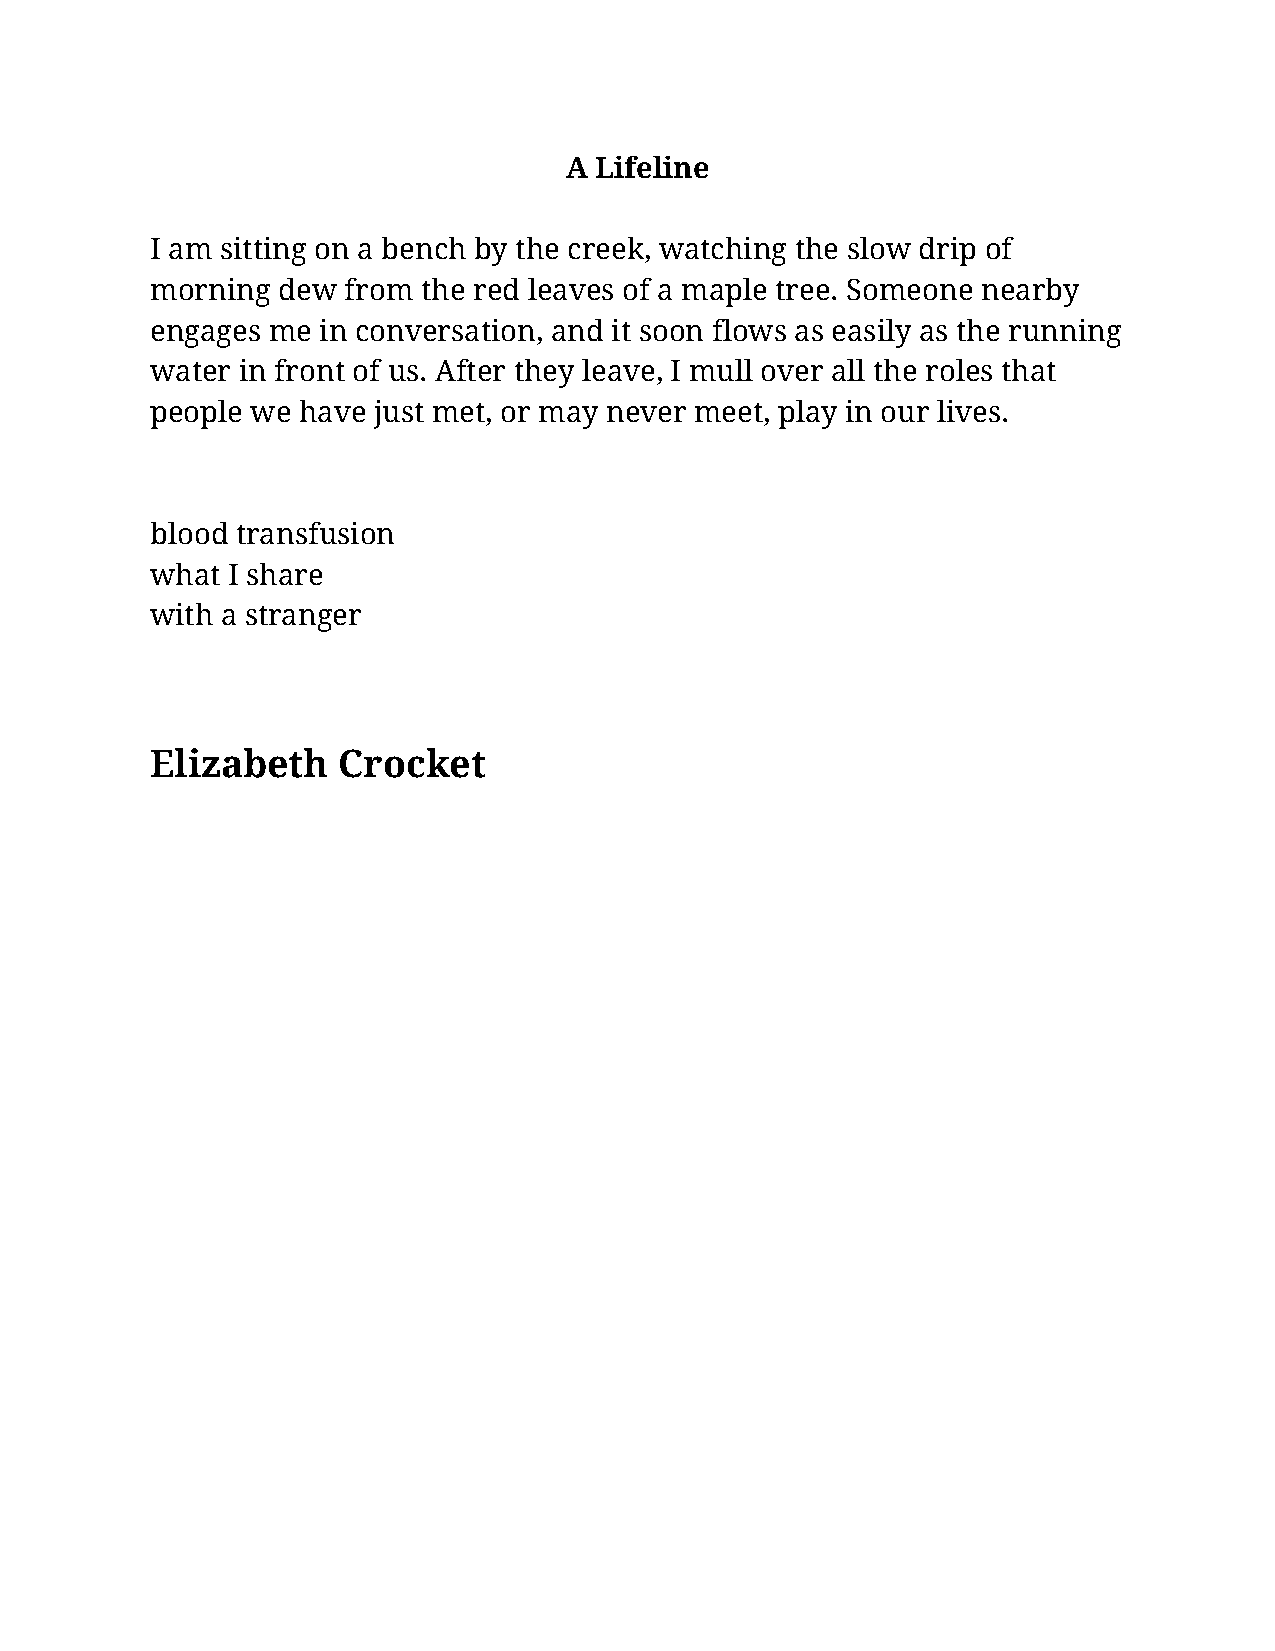
A Lifeline
 I am sitting on a bench by the creek, watching the slow drip of
 morning dew  from the red leaves of a maple tree. Someone nearby
 engages me in conversation, and it soon flows as easily as the running
 water in front of us. After they leave, I mull over all the roles that
 people we have just met, or may never meet, play in our lives.
 blood transfusion
 what I share
 with a stranger
 Elizabeth   Crocket